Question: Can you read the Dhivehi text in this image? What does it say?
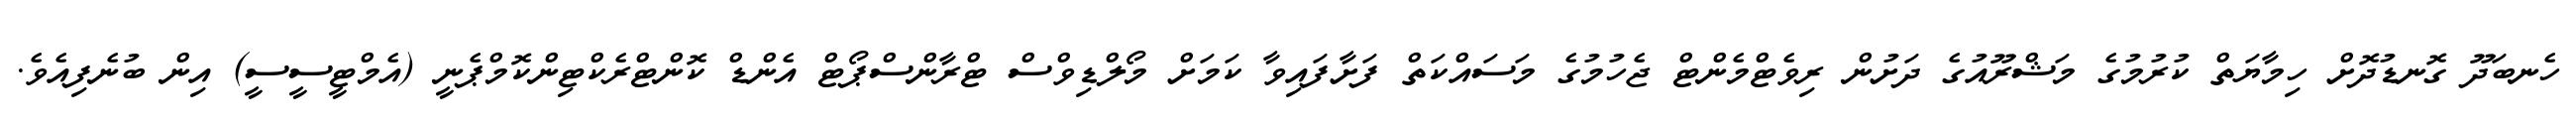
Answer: ހެނބަދޫ ގޮނޑުދޮށް ހިމާޔަތް ކުރުމުގެ މަޝްރޫއުގެ ދަށުން ރިވެޓްމެންޓް ޖެހުމުގެ މަސައްކަތް ފަށާފައިވާ ކަމަށް މޯލްޑިވްސް ޓްރާންސްޕޯޓް އެންޑް ކޮންޓްރެކްޓިންކޮމްޕެނީ (އެމްޓީސީސީ) އިން ބުނެފިއެވެ.